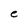
Character: e